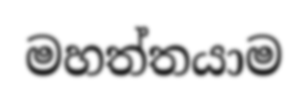
මහත්තයාම